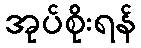
အုပ်စိုးရန်